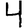
Digit: 4